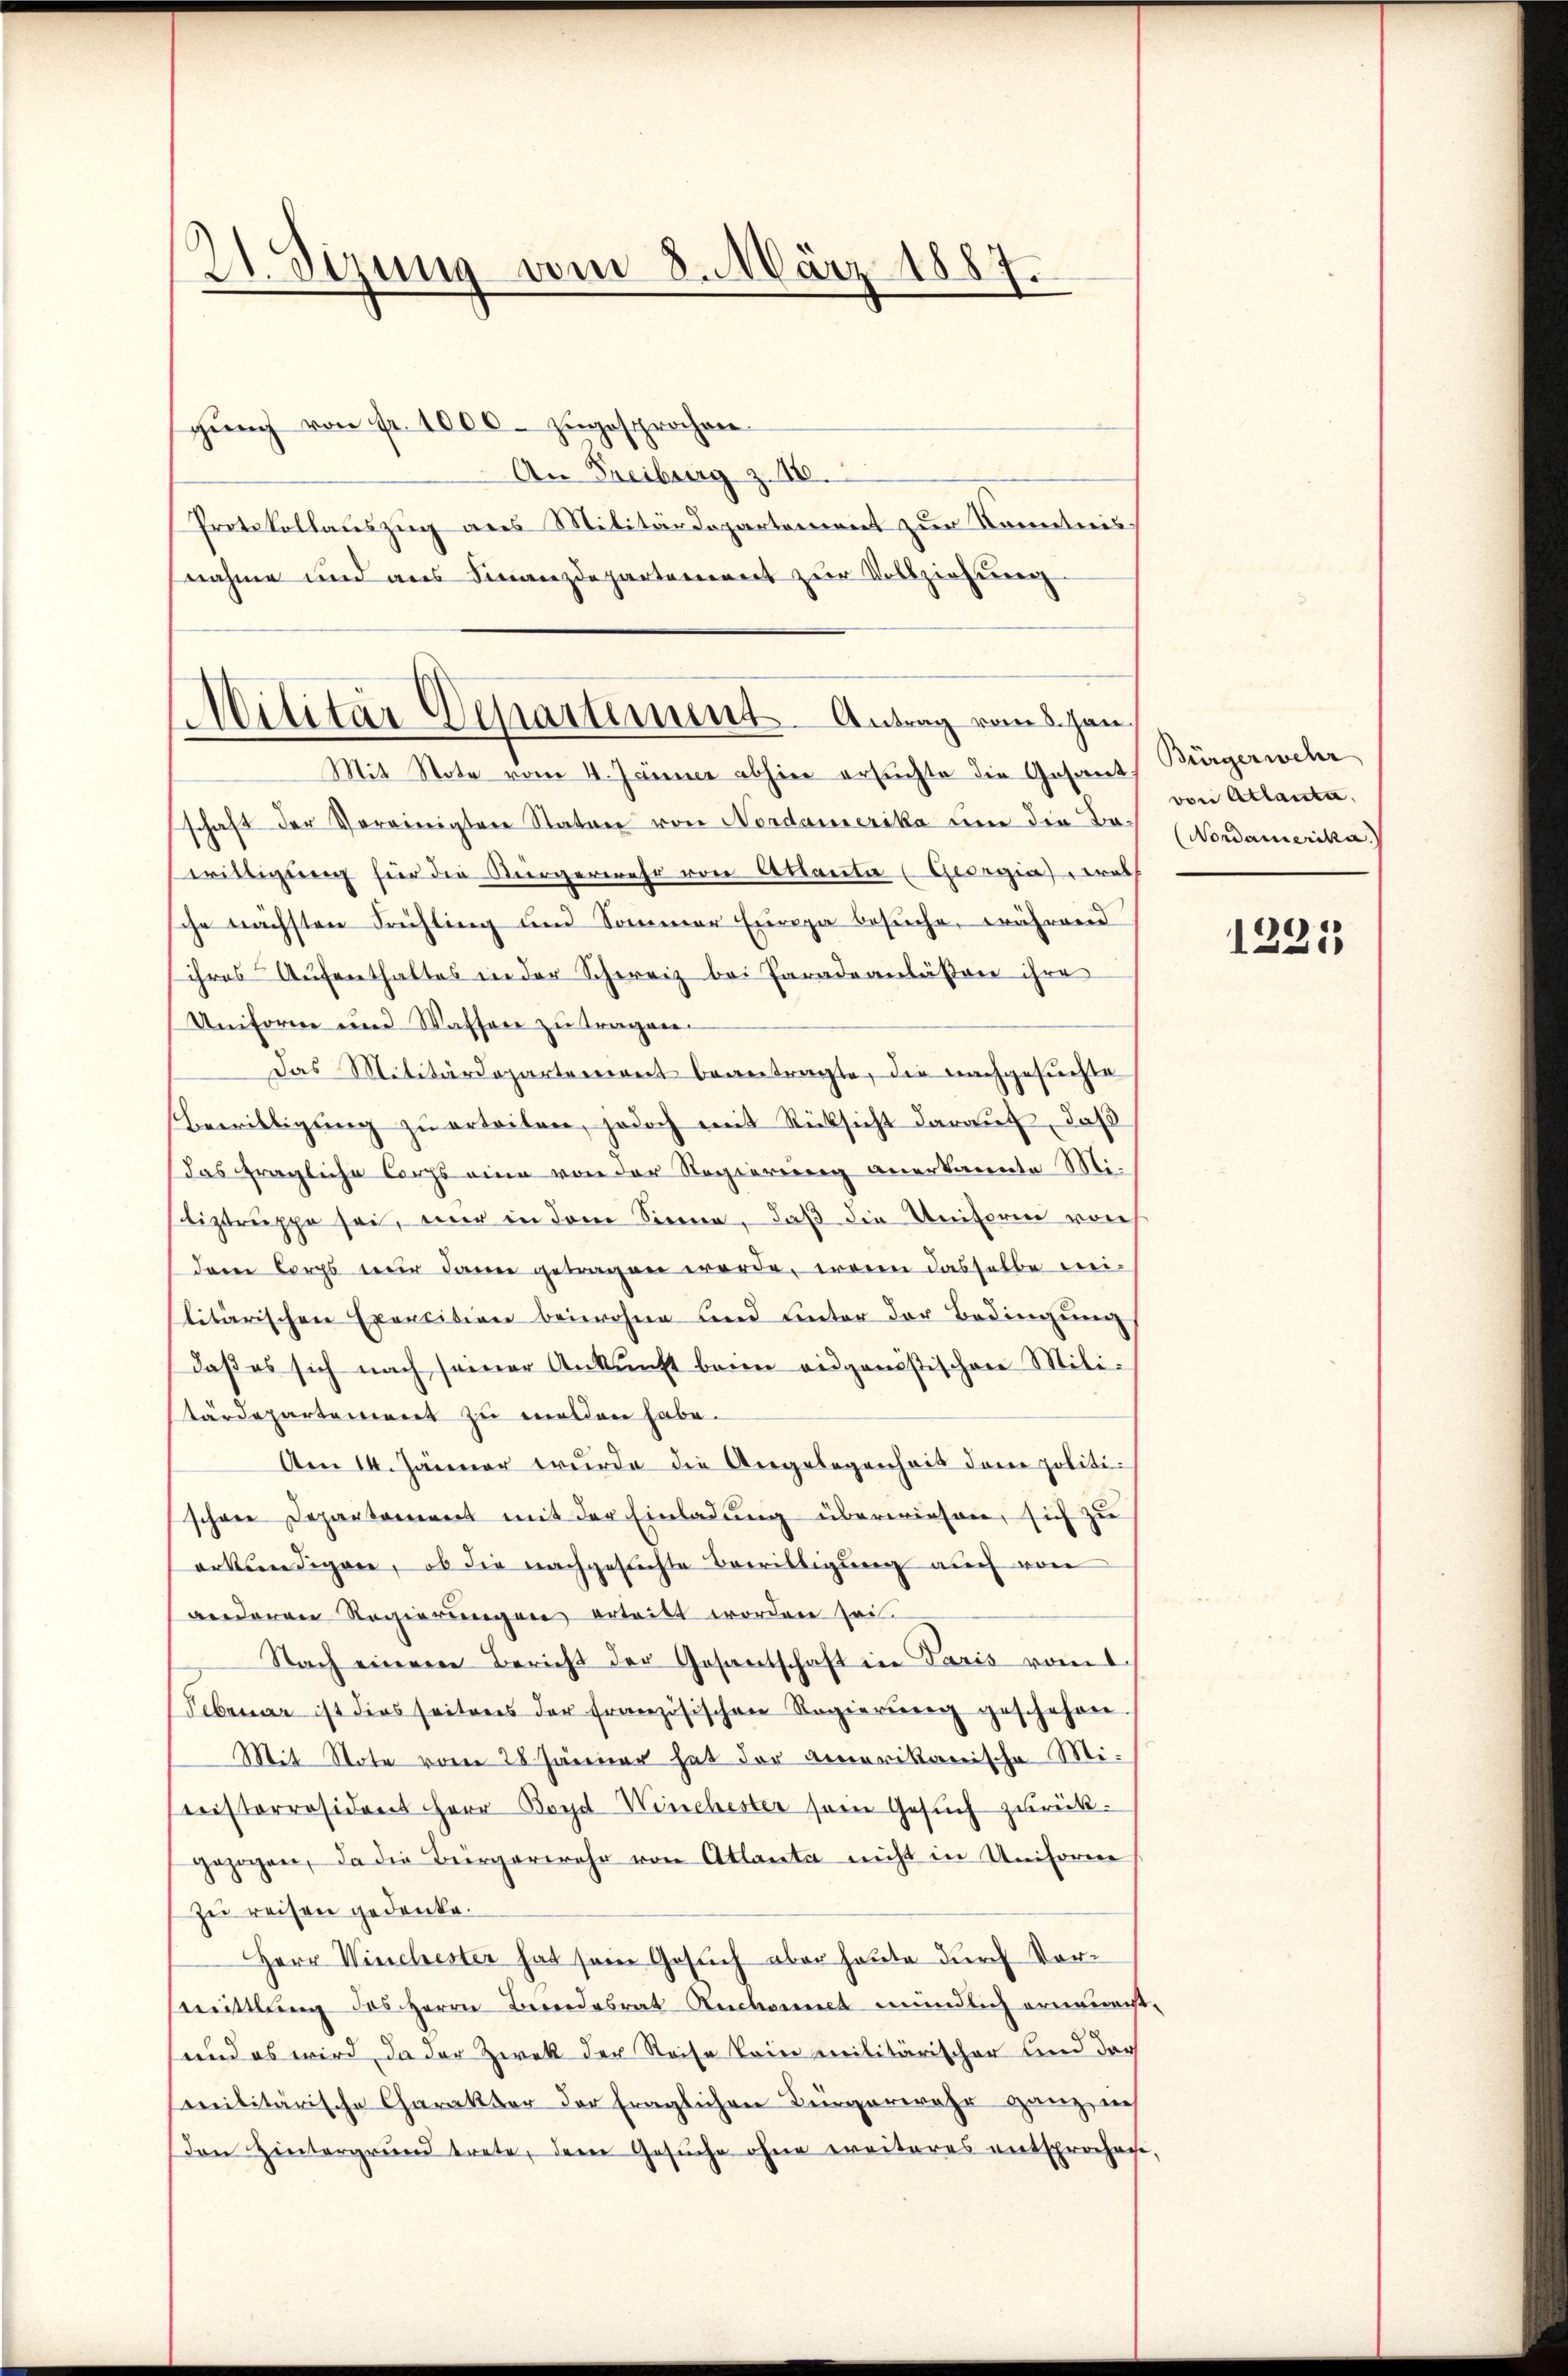
21. Sizung vom 8. März 1887.
e

gŭng von fr. 1000 zugesprochen.
An Freiburg z. 18.
Protokollauszug aus Militärdepartement zur Kenntnis
nahme und aus Finanzdepartement zŭr Vollziehung.

Mit Note vom 4. Jänner abhin ersuchte die Gesand-
schaft der Vereinigten Stator von Nordamerika um die Be-
writtigung für die Vergermehr von Attaute (Georgia trath
che nächsten Früchting und Sommer Europa besuche, während
ihres Aufenthaltes in der Schereiz bei Paradeanläßen ihre
Uniforne und Wassen zu tragen.
Das Militärdepartenwert beantragte, die nachgesuchte
Bewilligŭng zŭ erteilen, jedoch mit Rücksicht darauf, daß
das fragliche Corps eine von der Regierung anerkannte Mitiztruppe sei, nur in dem Sinne, daß die Uniform von
deren Corps nur dann getragen werde, wenn dasselbe meilitärischen Exercition beiwohne und unter der Bedingung
daβ es sich nach seiner Ankunft beim eidgenössischen Mili-
tärdepartement zu melden habe.
Am 14. Jänner wurde die Angelegenheit dene politischene Departement mit der Einladung überwiesen, sich zu
erkundigen, ob die nachgesichte Bewilligung auch von
anderen Regierungen ertritt worden sei.
Nach einere Bericht der Gesantschaft in Paris vot
Februar ist dies seitens der französischen Regierŭng geschehen.
Mit Note vom 28 Jänner hat der Amerikanische Mi¬
Cisterräsident Herr Boyd Winchester sein Gesuch zurückgezogen, da die Bürgerwehr von Atlanta nicht in Uniforme
zu reisen gedenke.
Herr Winchester hat sein Gesuch aber heute durch Vormittlung des Herrn Berendesrat Rückannt mündlich ernennenst
und es wird, da der Zwek der Reise keine militärischer und dar
militärische Charakter der fraglichen Bürgerwehr ganz in
Den Hintergrund trete, der Gesuche ohne weiteres entsprochen

Militär Departement. Antrag vom 5. Jan.

Bürgerwehr
von Atlanta,
(Nordamerika.)

1221